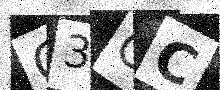
Text: G3OC